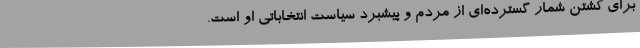
برای کشتن شمار گسترده‌ای از مردم و پیشبرد سیاست انتخاباتی او است.